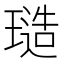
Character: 𭹱